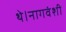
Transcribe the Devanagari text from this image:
थे।नागवंशी